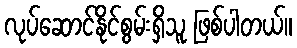
လုပ်ဆောင်နိုင်စွမ်းရှိသူ ဖြစ်ပါတယ်။